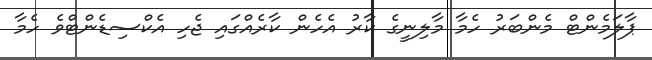
ޕާލަމެންޓް މެންބަރު ހެމާ މާލިނީގެ ކާރު އެހެން ކާރެއްގައި ޖެހި އެކްސިޑެންޓްވެ ހެމާ